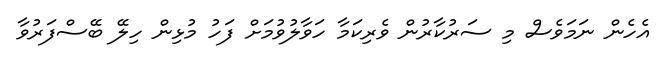
އެހެން ނަމަވެސް މި ސަރުކާރުން ވެރިކަމާ ހަވާލުވުމަށް ފަހު މުޅިން ހިލޭ ބޭސްފަރުވާ